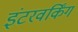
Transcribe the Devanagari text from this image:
इंटरवर्किंग